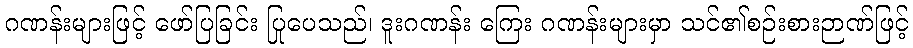
ဂဏန်းများဖြင့် ဖော်ပြခြင်း ပြုပေသည်၊ ဒူးဂဏန်း ကြေး ဂဏန်းများမှာ သင်၏စဉ်းစားဉာဏ်ဖြင့်